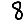
Digit: 8